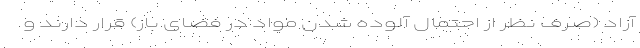
آزاد (صرف نظر از احتمال آلوده شدن مواد در فضای باز) قرار دارند و